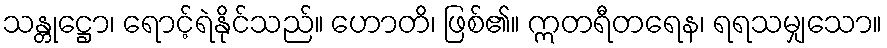
သန္တုဋ္ဌော၊ ရောင့်ရဲနိုင်သည်။ ဟောတိ၊ ဖြစ်၏။ ဣတရီတရေန၊ ရရသမျှသော။